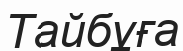
Тайбұға